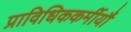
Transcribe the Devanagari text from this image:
प्राविधिककर्मीयौं